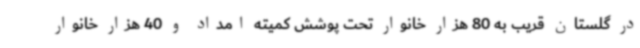
در گلستان قریب به 80 هزار خانوار تحت پوشش کمیته امداد و 40 هزار خانوار